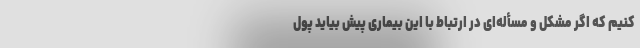
کنیم که اگر مشکل و مسأله‌ای در ارتباط با این بیماری پیش بیاید پول